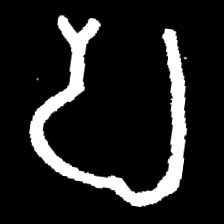
Pyu character \u2014 Myanmar letter: ပ (romanized: pa)